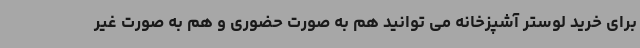
برای خرید لوستر آشپزخانه می توانید هم به صورت حضوری و هم به صورت غیر